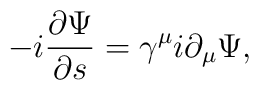
-i\frac{\partial \Psi }{\partial s}=\gamma ^\mu i\partial _\mu \Psi ,